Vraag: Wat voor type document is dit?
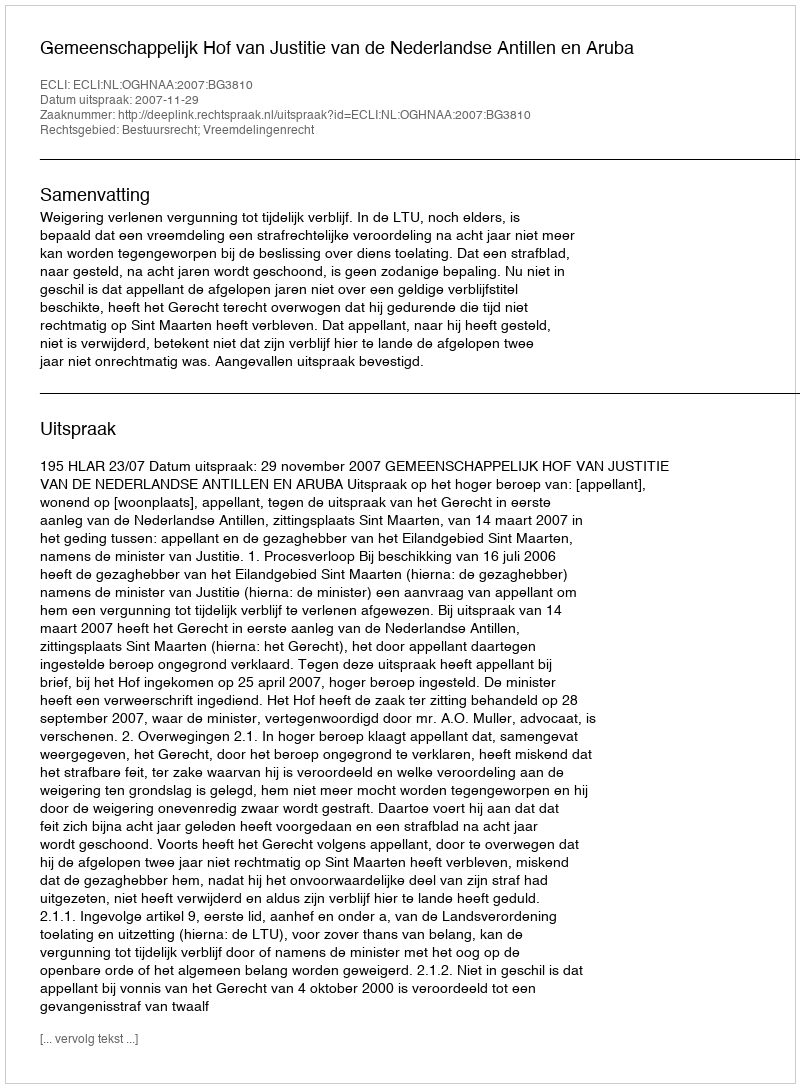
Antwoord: Uitspraak